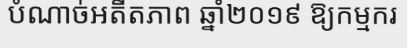
បំណាច់អតីតភាព ឆ្នាំ២០១៩ ឱ្យកម្មករ